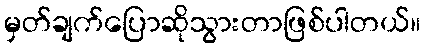
မှတ်ချက်ပြောဆိုသွားတာဖြစ်ပါတယ်။